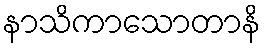
နာသိကာသောတာနိ